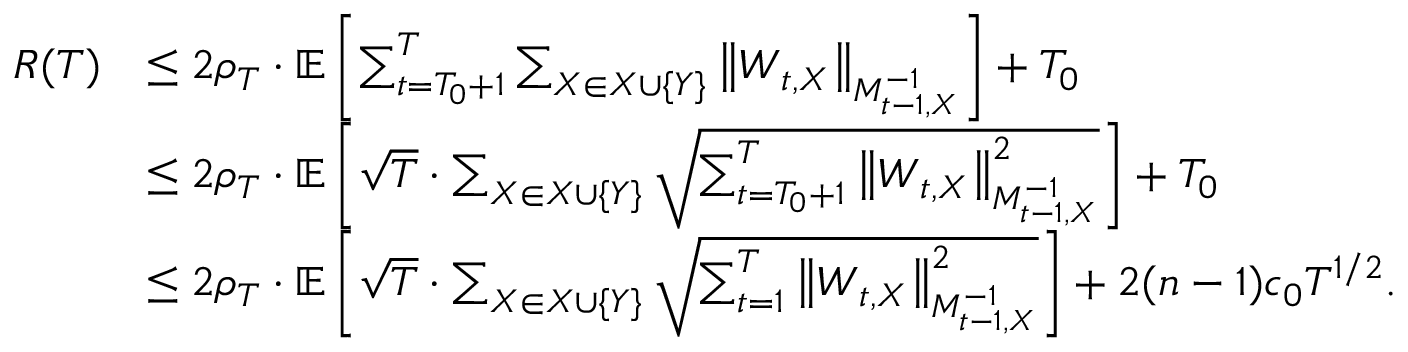
\begin{array} { r l } { R ( T ) } & { \leq 2 \rho _ { T } \cdot \mathbb { E } \left[ \sum _ { t = T _ { 0 } + 1 } ^ { T } \sum _ { X \in \boldsymbol { X } \cup \{ Y \} } \left\| \boldsymbol { W } _ { t , X } \right\| _ { M _ { t - 1 , X } ^ { - 1 } } \right] + T _ { 0 } } \\ & { \leq 2 \rho _ { T } \cdot \mathbb { E } \left[ \sqrt { T } \cdot \sum _ { X \in \boldsymbol { X } \cup \{ Y \} } \sqrt { \sum _ { t = T _ { 0 } + 1 } ^ { T } \left\| \boldsymbol { W } _ { t , X } \right\| _ { M _ { t - 1 , X } ^ { - 1 } } ^ { 2 } } \right] + T _ { 0 } } \\ & { \leq 2 \rho _ { T } \cdot \mathbb { E } \left[ \sqrt { T } \cdot \sum _ { X \in \boldsymbol { X } \cup \{ Y \} } \sqrt { \sum _ { t = 1 } ^ { T } \left\| \boldsymbol { W } _ { t , X } \right\| _ { M _ { t - 1 , X } ^ { - 1 } } ^ { 2 } } \right] + 2 ( n - 1 ) c _ { 0 } T ^ { 1 / 2 } . } \end{array}